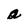
Character: a